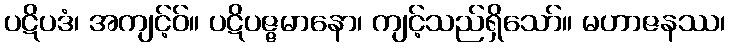
ပဋိပဒံ၊ အကျင့်ဝ်။ ပဋိပဇ္ဇမာနော၊ ကျင့်သည်ရှိသော်။ မဟာဇနဿ၊